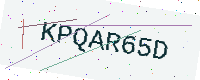
Text: KPQAR65D